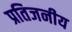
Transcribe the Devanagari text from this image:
प्रतिजनीय